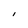
Character: I